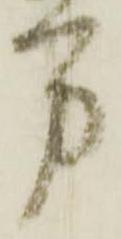
万